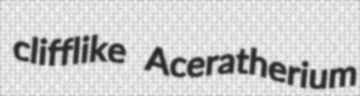
clifflike Aceratherium